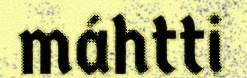
máhtti